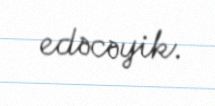
edəcəyik.